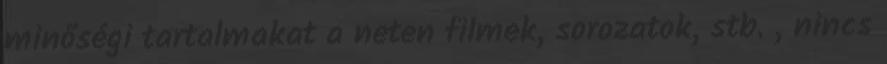
minőségi tartalmakat a neten filmek, sorozatok, stb. , nincs